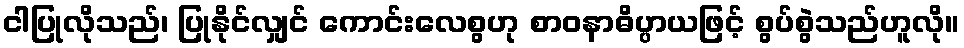
ငါပြုလိုသည်၊ ပြုနိုင်လျှင် ကောင်းလေစွဟု စာဝနာဓိပ္ပာယဖြင့် စွပ်စွဲသည်ဟူလို။